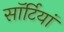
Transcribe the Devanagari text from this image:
साॅर्टियां